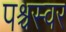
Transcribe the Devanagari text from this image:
पश्चस्वर